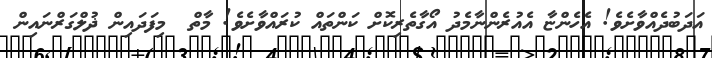
އަދަބުދެއްވާށެވެ! އެހެންޏާ އެއުރެންނާމެދު އޯގާތެރިކޮށް ކަންތައް ކުރައްވާށެވެ! މާތް  މިފަދައިން ޛުލްގަރްނައިން